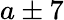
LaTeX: a\pm 7